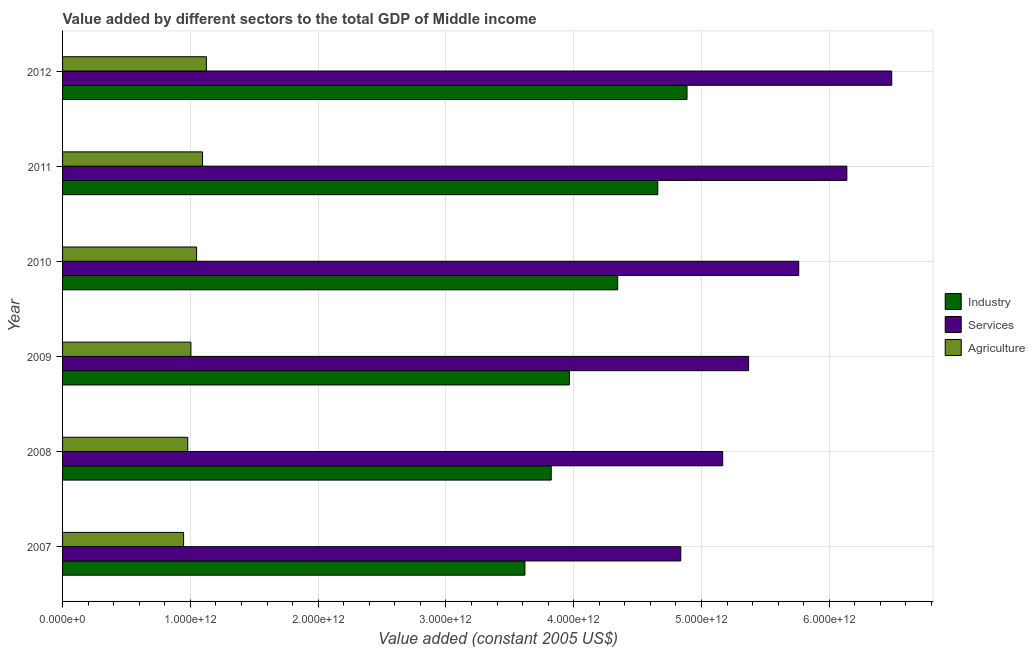
| Year | Industry | Services | Agriculture |
 | --- | --- | --- | --- |
 | 2007 | 3.62e+12 | 4.84e+12 | 9.47e+11 |
 | 2008 | 3.82e+12 | 5.17e+12 | 9.8e+11 |
 | 2009 | 3.97e+12 | 5.37e+12 | 1e+12 |
 | 2010 | 4.34e+12 | 5.76e+12 | 1.05e+12 |
 | 2011 | 4.66e+12 | 6.14e+12 | 1.1e+12 |
 | 2012 | 4.89e+12 | 6.49e+12 | 1.13e+12 |